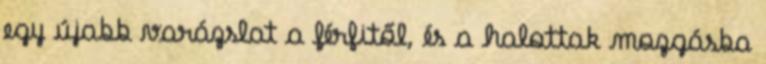
egy újabb varázslat a férfitől, és a halottak mozgásba